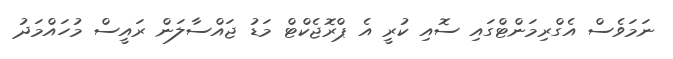
ނަމަވެސް އެގްރިމަންޓްގައި ސޮއި ކުރީ އެ ޕްރޮޖެކްޓް މަޑު ޖައްސާލަން ރައީސް މުހައްމަދު